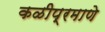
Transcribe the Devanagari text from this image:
कळीप्रमाणे